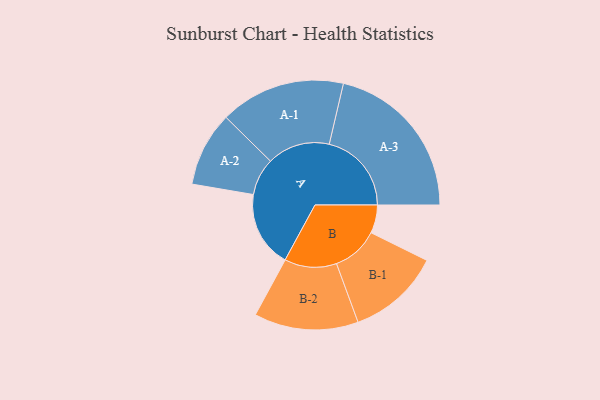
{"axis": {"x": "Segment", "y": "Value"}, "legend": ["", "A", "B"], "data": [{"x": "A", "y": 273, "type": ""}, {"x": "B", "y": 101, "type": ""}, {"x": "A-1", "y": 225, "type": "A"}, {"x": "A-2", "y": 134, "type": "A"}, {"x": "A-3", "y": 295, "type": "A"}, {"x": "B-1", "y": 167, "type": "B"}, {"x": "B-2", "y": 187, "type": "B"}]}